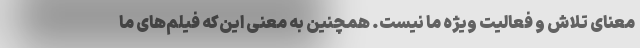
معنای تلاش و فعالیت ویژه ما نیست. همچنین به معنی این‌که فیلم‌های ما